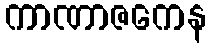
ကာဏာဇကေန